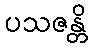
ပသဇန္တိ